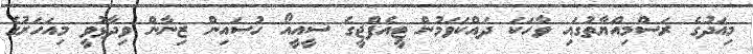
މިއަދުގެ ރަސްމިއްޔާތުގައި ވާހަކަ ދައްކަވަމުން ޓީއެފްޖީގެ ސީއީއޯ ހުސައިން ޒިނާން ވިދާޅުވީ މިއަހަރުގެ